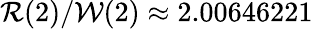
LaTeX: \mathcal{R}(2)/\mathcal{W}(2)\approx 2.00646221